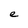
Character: e